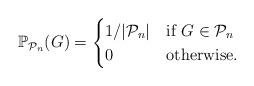
LaTeX: \begin{align*}\mathbb{P}_{\mathcal{P}_n}(G)= \begin{cases} 1 / |\mathcal{P}_n| & \mbox{if } G \in \mathcal{P}_n \\ 0 & \mbox{otherwise.} \end{cases}\end{align*}